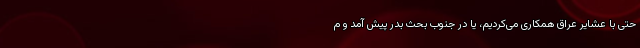
حتی با عشایر عراق همکاری می‌کردیم، یا در جنوب بحث بدر پیش آمد و م